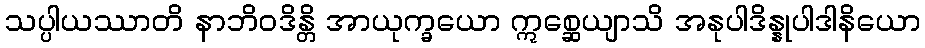
သပ္ပါယဿာတိ နာဘိဝဒိန္တိ အာယုက္ခယော ဣစ္ဆေယျာသိ အနုပါဒိန္နုပါဒါနိယော